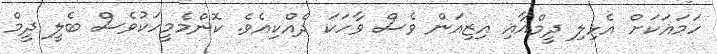
ހަމައަކަށް އެޅިލި ދީމްއާއި އިޒިއަން ވެސް ވާހަކަ ދެއްކިއެވެ. ކޮންމެމީހަކުވެސް ބެލީ ދީމް